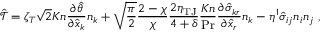
\mathcal { \hat { T } } = \zeta _ { T } \sqrt { 2 } K n \frac { \partial \hat { \theta } } { \partial \hat { x } _ { k } } n _ { k } + \sqrt { \frac { \pi } { 2 } } \frac { 2 - \chi } { \chi } \frac { 2 \eta _ { \mathrm { T J } } } { 4 + \delta } \frac { K n } { \operatorname* { P r } } \frac { \partial \hat { \sigma } _ { k r } } { \partial \hat { x } _ { r } } n _ { k } - \eta ^ { 1 } \hat { \sigma } _ { i j } n _ { i } n _ { j } \mathrm { ~ , ~ }